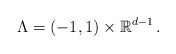
LaTeX: \begin{align*} \Lambda=(-1,1) \times \mathbb R^{d-1} \, . \end{align*}